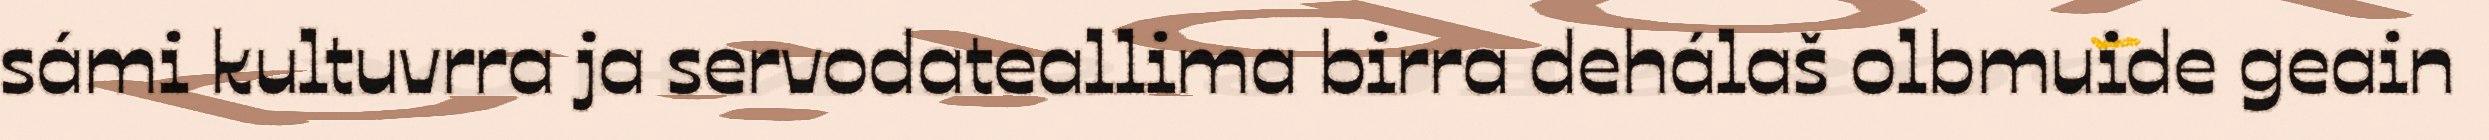
sámi kultuvrra ja servodateallima birra dehálaš olbmuide geain